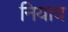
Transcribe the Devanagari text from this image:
नियाय